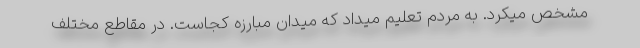
مشخص میکرد. به مردم تعلیم میداد که میدان مبارزه کجاست. در مقاطع مختلف